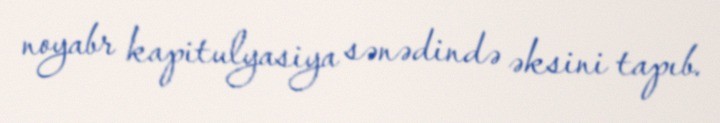
noyabr kapitulyasiya sənədində əksini tapıb.